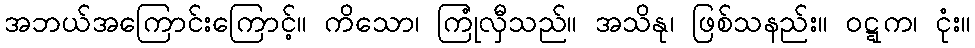
အဘယ်အကြောင်းကြောင့်။ ကိသော၊ ကြုံလှီသည်။ အသိနု၊ ဖြစ်သနည်း။ ဝဋ္ဋက၊ ငုံး။